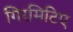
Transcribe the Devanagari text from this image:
गिरमिटिए